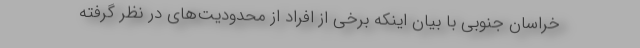
خراسان جنوبی با بیان اینکه برخی از افراد از محدودیت‌های در نظر گرفته